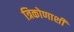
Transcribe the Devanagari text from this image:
त्रिकोणाशी